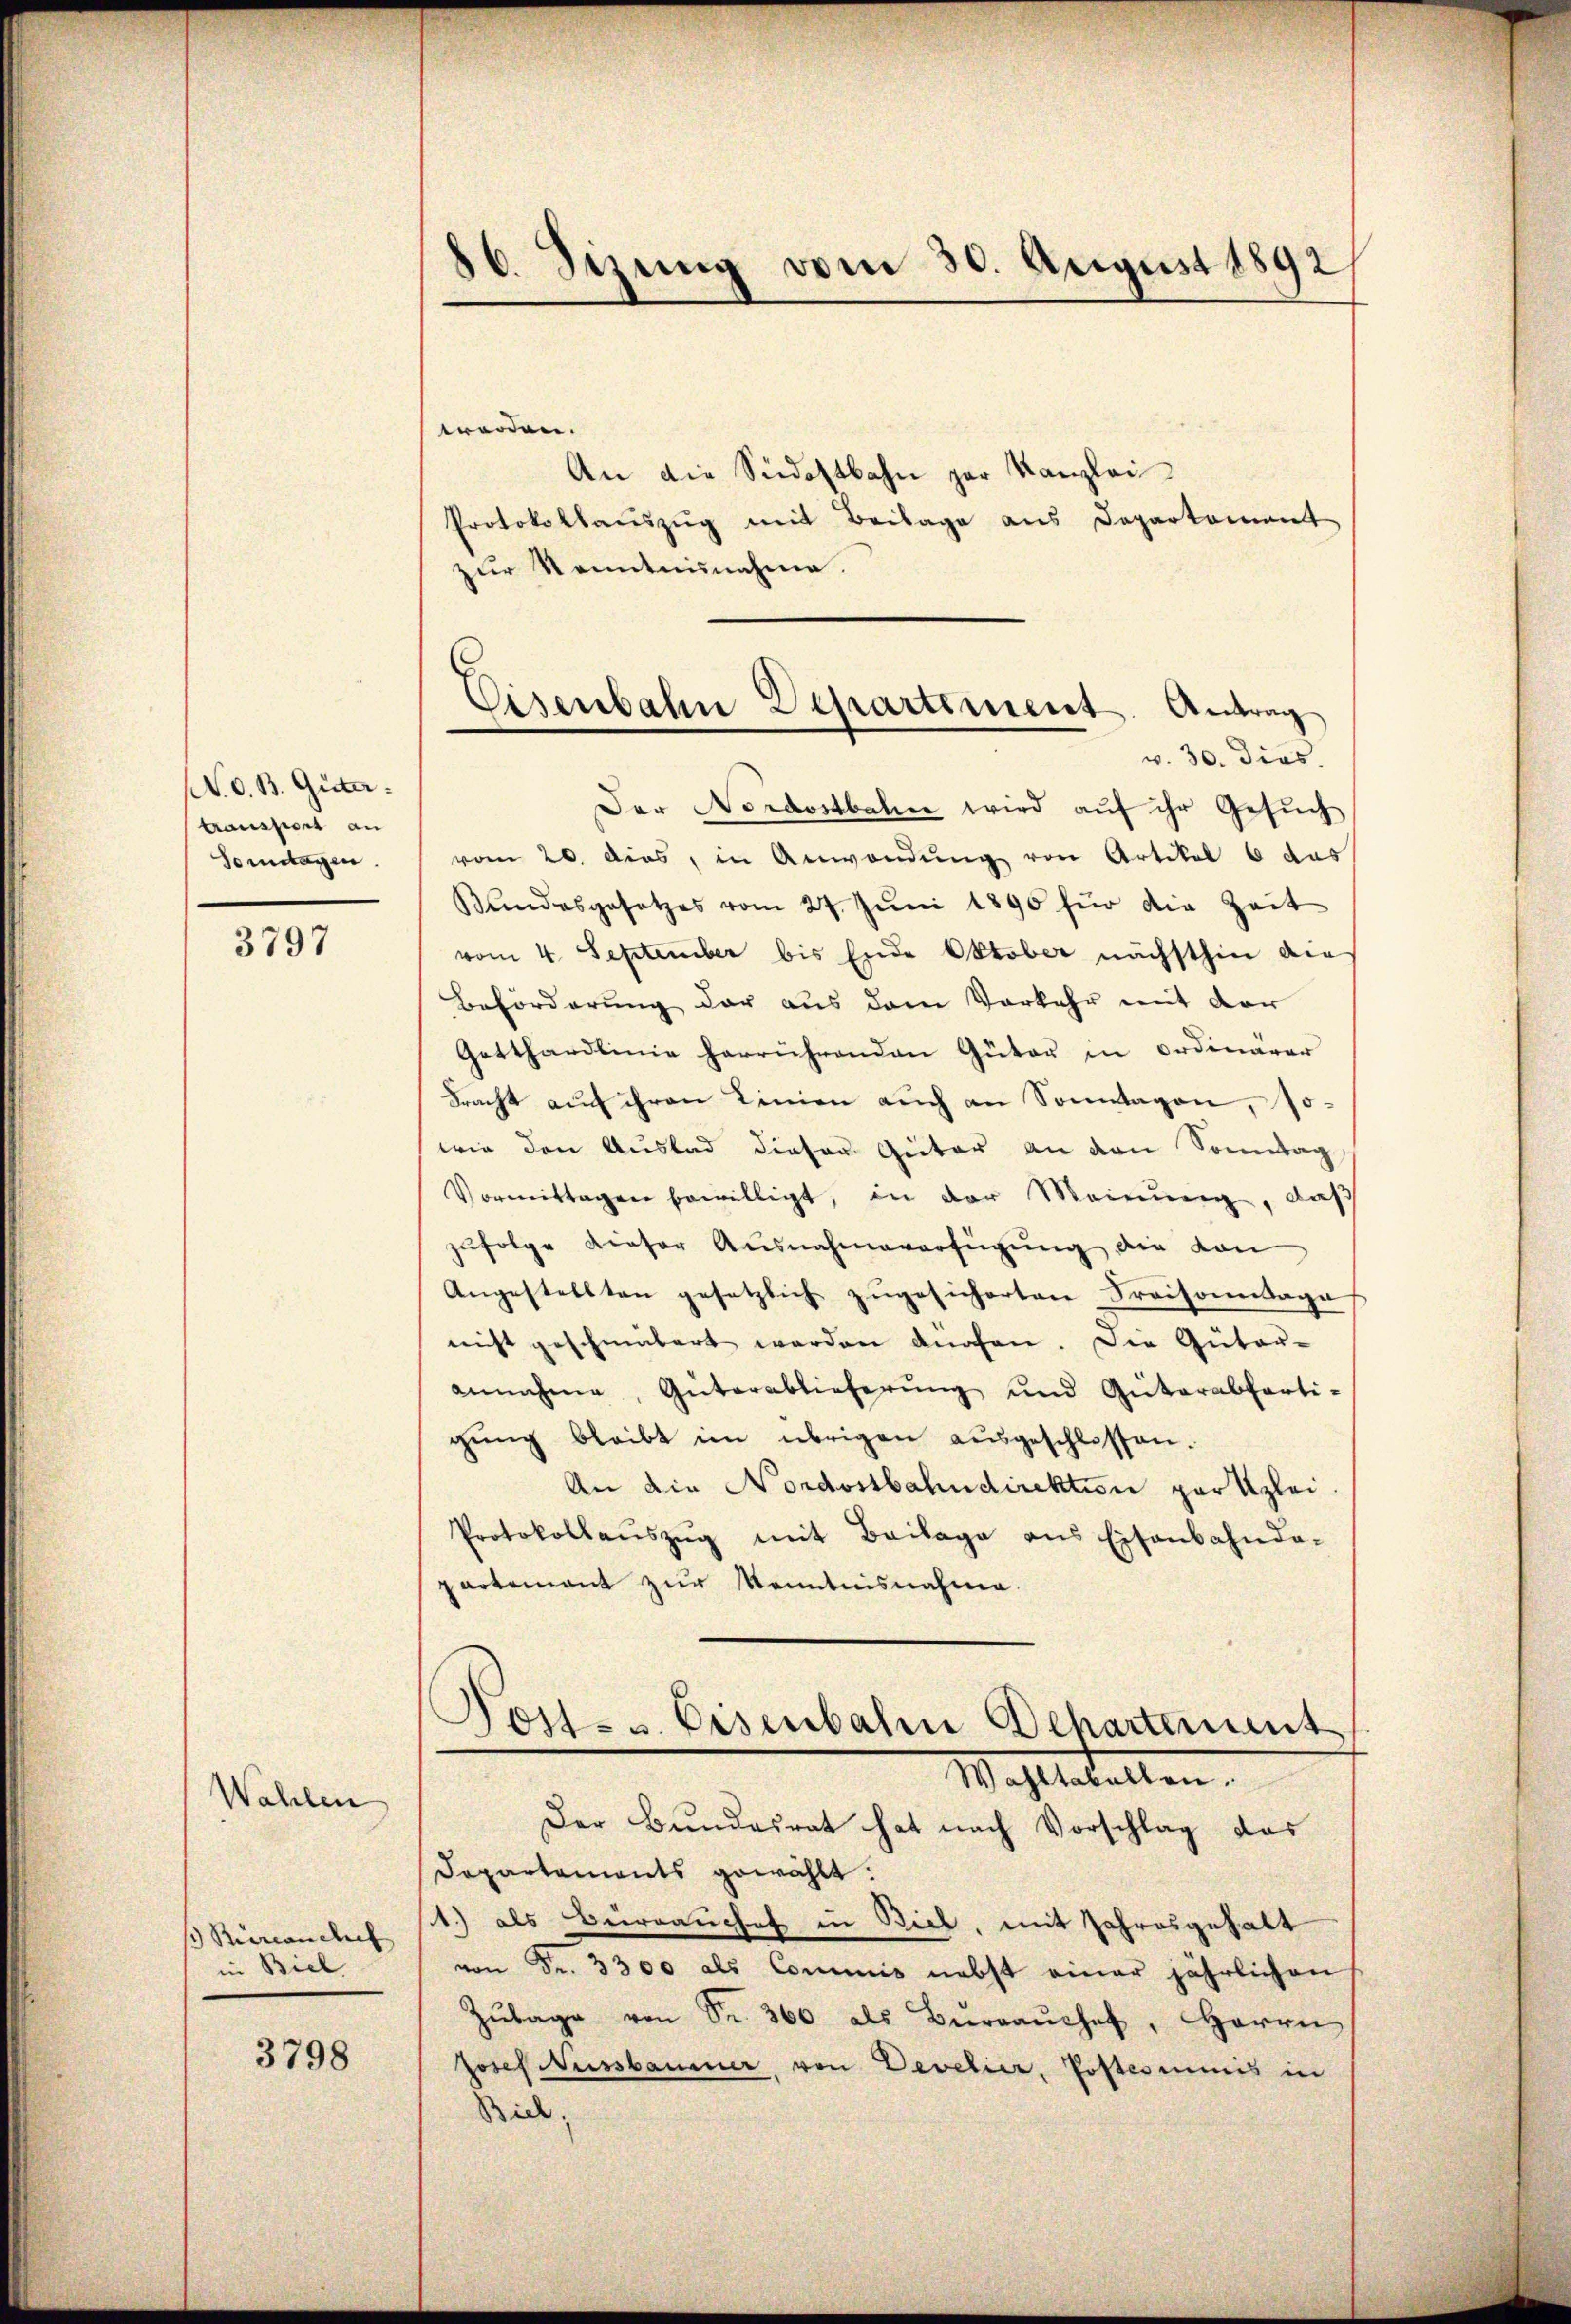
(N. O. B. Güter.
transport an
Somitagen.

3797

Wahlen
) Büreanches
in Biel

3798

16. Sizung vom 30. August 1892

Eisenbahn Departement. Antrag
v. 30. dies.

worden.
An die Südostbahn zur Kanzlei
Protokollaŭszŭg mit Beilage aus Departement
zur Kenntnisnahme.
Der Nordostbahne wird auf ihr Gesuch
vom 20. dies, in Anwendung von Artikel 6 das
Bundesgesetzes vom 27. Jŭni 1890 für die Zeit
vom 4. September bis Ende Oktober nächsthin die
Beförderung der aus dem Vorkehr mit der
Getthardlinie herrührenden Güter in ordinärar
bracht auf ihren Linien auch an Sonntagen, so-
wie den Auslad dieser Güter an den Sonntag
Vormittagen bewilligt, in der Meinung, daß
zŭfolge dieser Ausnahmeverfügung die von
Angestellten gesetzlich zugesicherten Praisonntage
nicht geschmütert werden dürfen. Die Güter-
annahme, Güterablieferŭng und Güterabferti-
gŭng bleibt im übrigen aŭsgeschlossen.
An die Nordostbahndirektion par Klei¬
Protokollaŭszŭg mit Beilage ans Eisenbahnda-
partement zur Kenntnisnahme.
Post- u. Eisenbahn Departement
Wahltaballen.
Der Bundesrat hat nach Vorschlag das
Departements gewählt:
1.) als Beirrauches in Biel, mit Jahresgehalt
von Fr. 3300 als Commis nebst einer jährlichen
Zŭlage von Fr. 360 als Beeraaŭches, Herrn
Josef Nussbaumer, von Develier, Postesminis in
Bick;